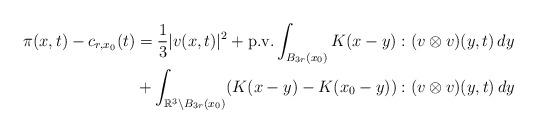
LaTeX: \begin{align*} \pi(x, t) - c_{r,x_0}(t) &= \frac{1}{3}|v(x, t)|^2 + \textnormal{p.v.} \int_{B_{3r}(x_0)} K(x - y) : (v \otimes v)(y, t) \,dy\\&+ \int_{\mathbb{R}^3 \setminus B_{3r}(x_0)} (K(x - y) - K(x_0 - y)) : (v \otimes v)(y, t) \,dy\end{align*}